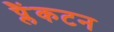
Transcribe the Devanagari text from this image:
प्लैंकटन